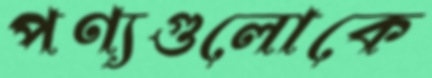
পণ্যগুলোকে